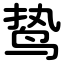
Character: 鸷